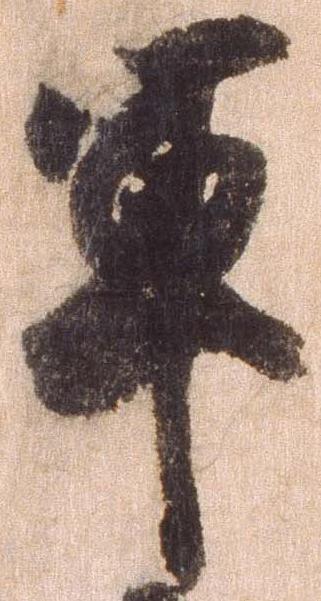
軍